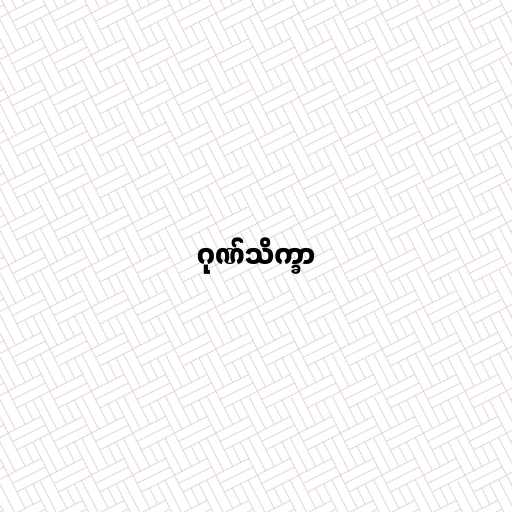
ဂုဏ်သိက္ခာ